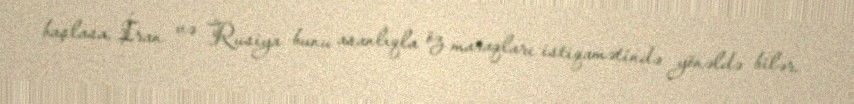
başlasa, İran və Rusiya bunu asanlıqla öz maraqları istiqamətində yönəldə bilər.